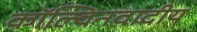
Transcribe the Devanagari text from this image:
कॉल्विनवादीय